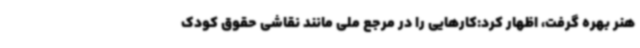
هنر بهره گرفت، اظهار کرد:کارهایی را در مرجع ملی مانند نقاشی حقوق کودک